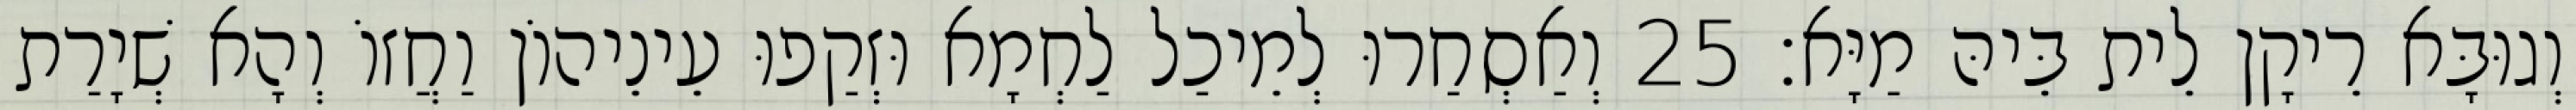
וְגוּבָּא רֵיקָן לֵית בֵּיהּ מַיָּא׃ 25 וְאַסְחַרוּ לְמֵיכַל לַחְמָא וּזְקַפוּ עֵינֵיהוֹן וַחֲזוֹ וְהָא שְׁיָרַת